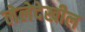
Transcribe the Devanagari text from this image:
लेलेदेखील